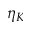
\eta _ { K }